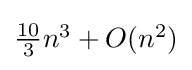
{\textstyle {\frac {10}{3}}n^{3}+O(n^{2})}